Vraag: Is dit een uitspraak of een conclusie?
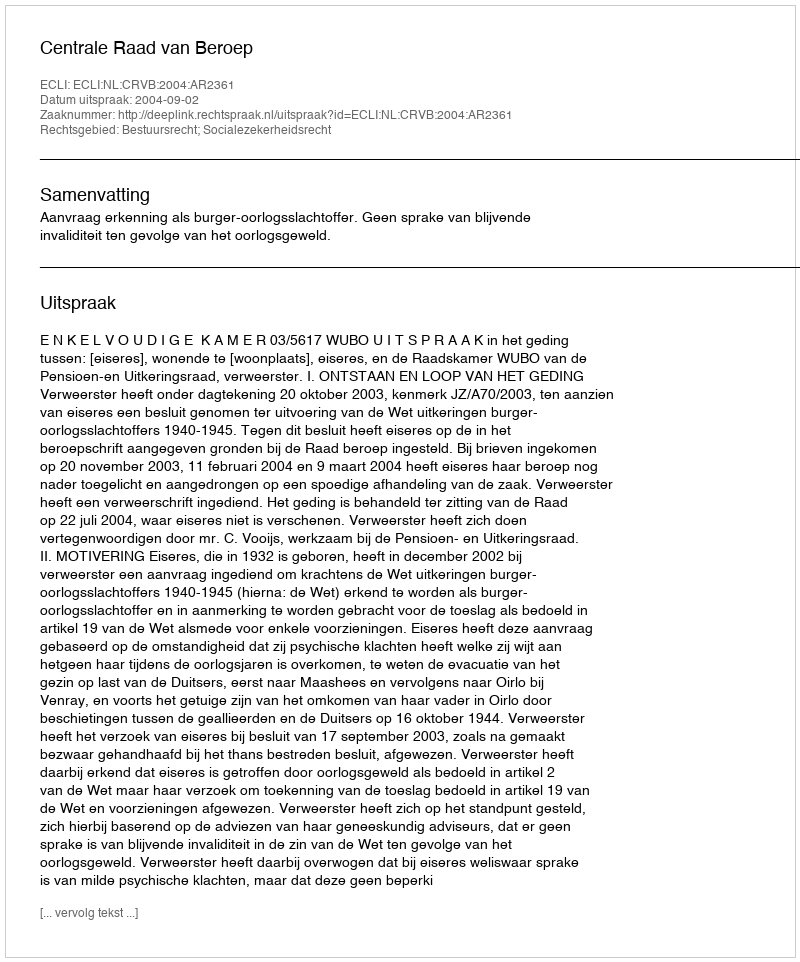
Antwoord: Uitspraak